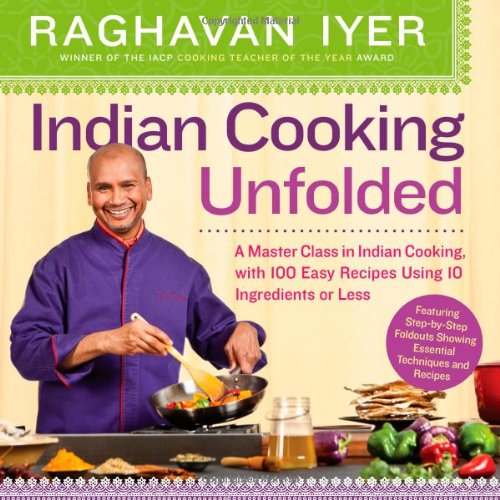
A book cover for Indian Cooking Unfolded: A Master Class in Indian Cooking, with 100 Easy Recipes Using 10 Ingredients or Less; Raghavan Iyer; Cookbooks, Food & Wine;